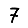
Digit: 7